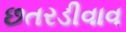
છતરડીવાવ